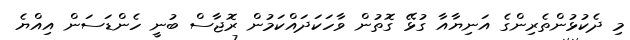
މި ދެކުޅުންތެރިންގެ އަނިޔާއާ ގުޅޭ ގޮތުން ވާހަކަދައްކަމުން ރޮޖާސް ބުނީ ހެންޑަސަން އިއްޔެ